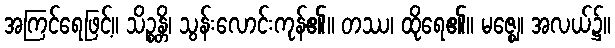
အကြင်ရေဖြင့်။ သိဉ္စန္တိ၊ သွန်းလောင်းကုန်၏။ တဿ၊ ထိုရေ၏။ မဇ္ဈေ၊ အလယ်၌။